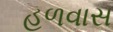
હળવાસ